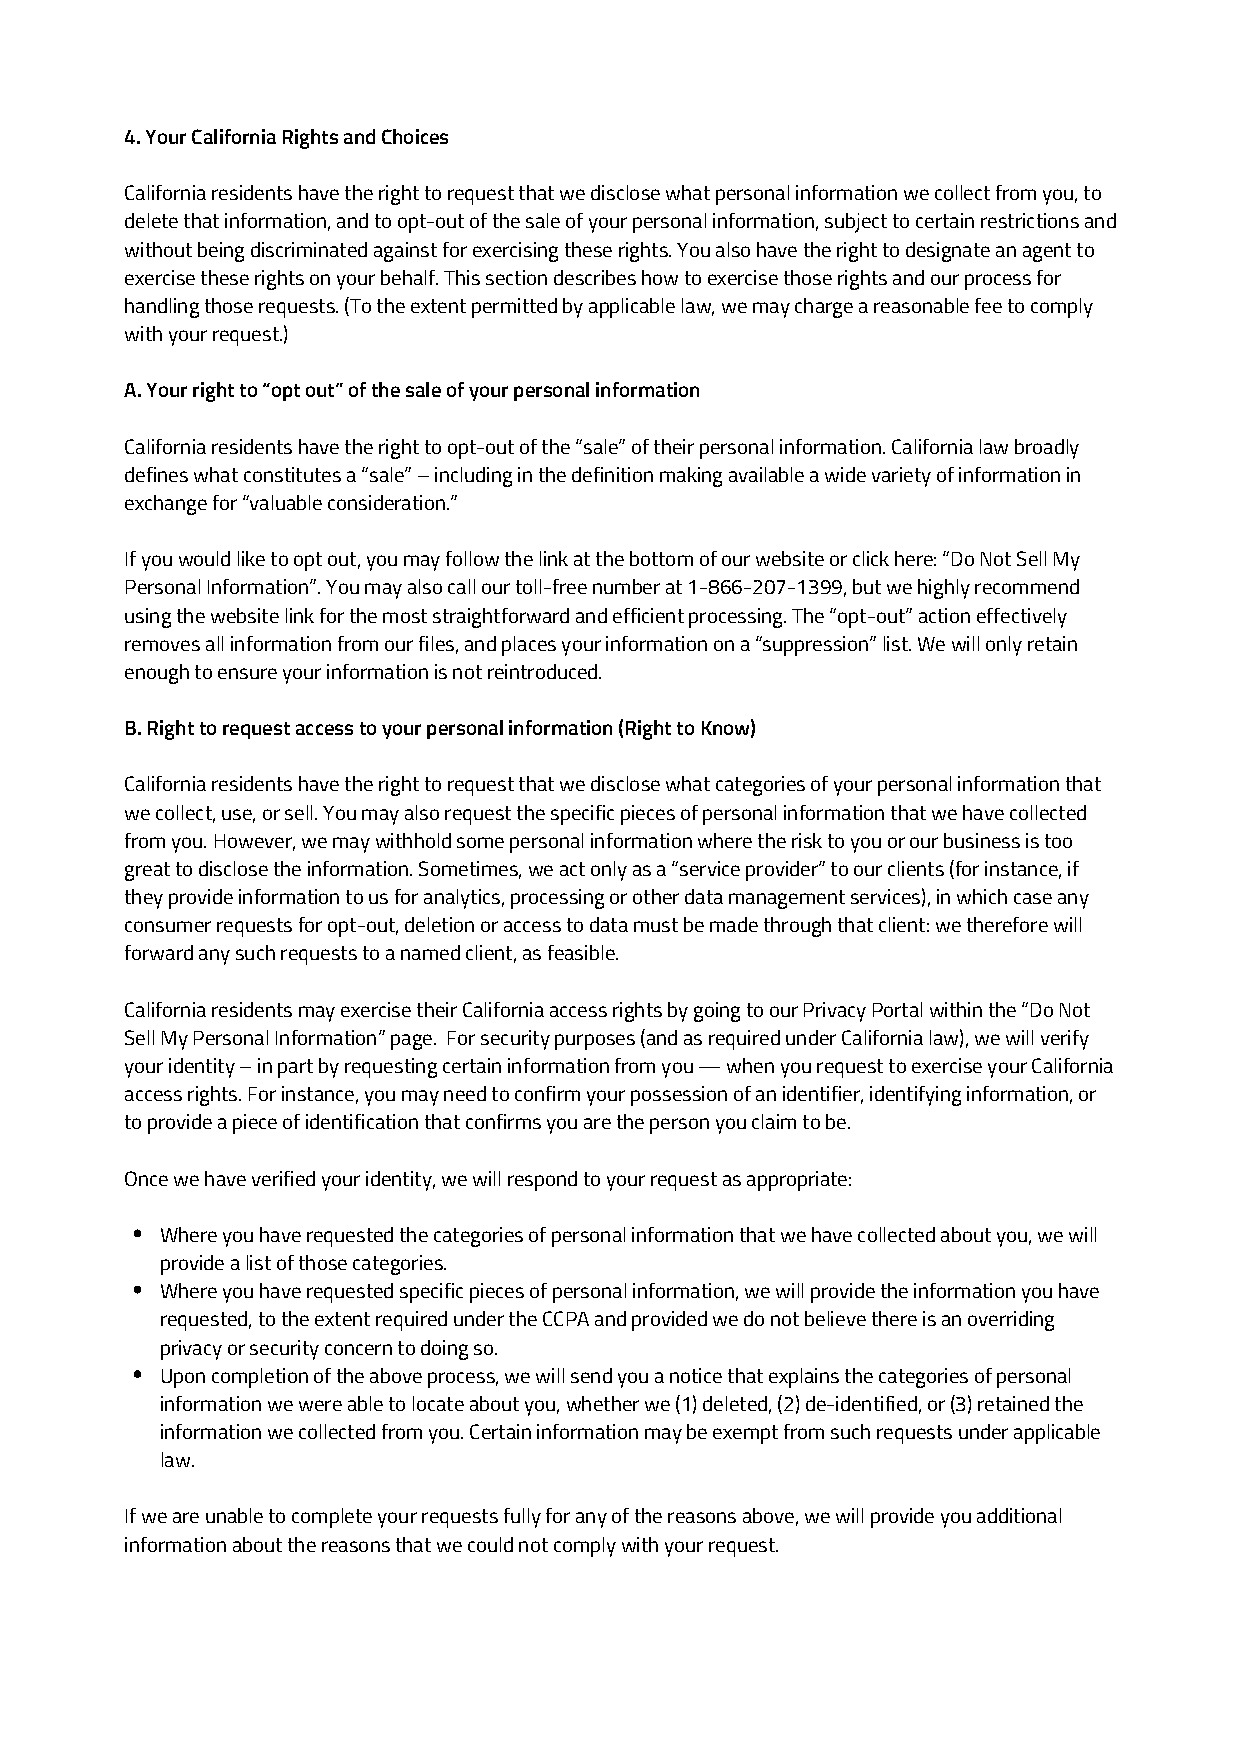
4. Your California Rights and Choices
 California residents have the right to request that we disclose what personal information we collect from you, to
 delete that information, and to opt-out of the sale of your personal information, subject to certain restrictions and
 without being discriminated against for exercising these rights. You also have the right to designate an agent to
 exercise these rights on your behalf. This section describes how to exercise those rights and our process for
 handling those requests. (To the extent permitted by applicable law, we may charge a reasonable fee to comply
 with your request.)
 A. Your right to “opt out” of the sale of your personal information
 California residents have the right to opt-out of the “sale” of their personal information. California law broadly
 defines what constitutes a “sale” – including in the definition making available a wide variety of information in
 exchange for “valuable consideration.”
 If you would like to opt out, you may follow the link at the bottom of our website or click here: “Do Not Sell My
 Personal Information”. You may also call our toll-free number at 1-866-207-1399, but we highly recommend
 using the website link for the most straightforward and efficient processing. The “opt-out” action effectively
 removes all information from our files, and places your information on a “suppression” list. We will only retain
 enough to ensure your information is not reintroduced.
 B. Right to request access to your personal information (Right to Know)
 California residents have the right to request that we disclose what categories of your personal information that
 we collect, use, or sell. You may also request the specific pieces of personal information that we have collected
 from you. However, we may withhold some personal information where the risk to you or our business is too
 great to disclose the information. Sometimes, we act only as a “service provider” to our clients (for instance, if
 they provide information to us for analytics, processing or other data management services), in which case any
 consumer requests for opt-out, deletion or access to data must be made through that client: we therefore will
 forward any such requests to a named client, as feasible.
 California residents may exercise their California access rights by going to our Privacy Portal within the “Do Not
 Sell My Personal Information” page. For security purposes (and as required under California law), we will verify
 your identity – in part by requesting certain information from you — when you request to exercise your California
 access rights. For instance, you may need to confirm your possession of an identifier, identifying information, or
 to provide a piece of identification that confirms you are the person you claim to be.
 Once we have verified your identity, we will respond to your request as appropriate:
 Where you have requested the categories of personal information that we have collected about you, we will
 provide a list of those categories.
 Where you have requested specific pieces of personal information, we will provide the information you have
 requested, to the extent required under the CCPA and provided we do not believe there is an overriding
 privacy or security concern to doing so.
 Upon completion of the above process, we will send you a notice that explains the categories of personal
 information we were able to locate about you, whether we (1) deleted, (2) de-identified, or (3) retained the
 information we collected from you. Certain information may be exempt from such requests under applicable
 law.
 If we are unable to complete your requests fully for any of the reasons above, we will provide you additional
 information about the reasons that we could not comply with your request.